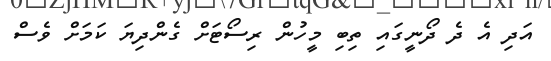
އަދި އެ ދެ ދޯނީގައި ތިބި މީހުން ރިސޯޓަށް ގެންދިޔަ ކަމަށް ވެސް